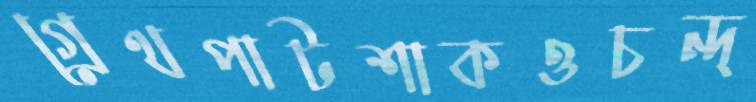
গ্রেথপাটশাকওচন্দ্